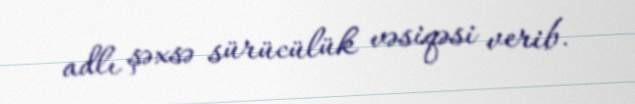
adlı şəxsə sürücülük vəsiqəsi verib.